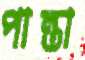
পান্তা